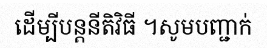
ដើម្បីបន្តនីតិវិធី ។សូមបញ្ជាក់